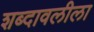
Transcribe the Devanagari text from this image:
शब्दावलीला